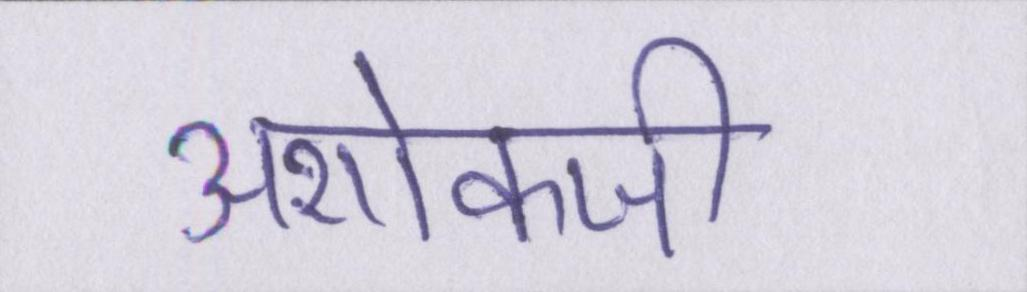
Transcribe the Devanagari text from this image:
अशोकजी